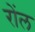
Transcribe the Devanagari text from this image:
रोंल